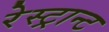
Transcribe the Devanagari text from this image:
रेस्ट्रान्ट